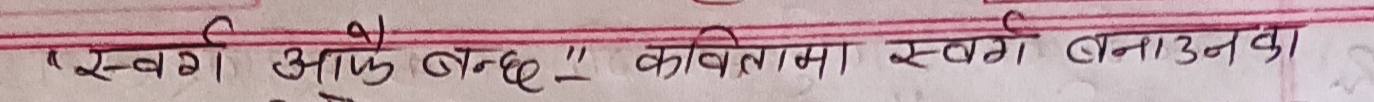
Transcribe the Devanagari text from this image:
स्वर्ग आफै बन्छ" कवितामा स्वर्ग बनाउनका